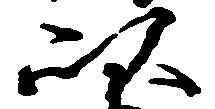
以